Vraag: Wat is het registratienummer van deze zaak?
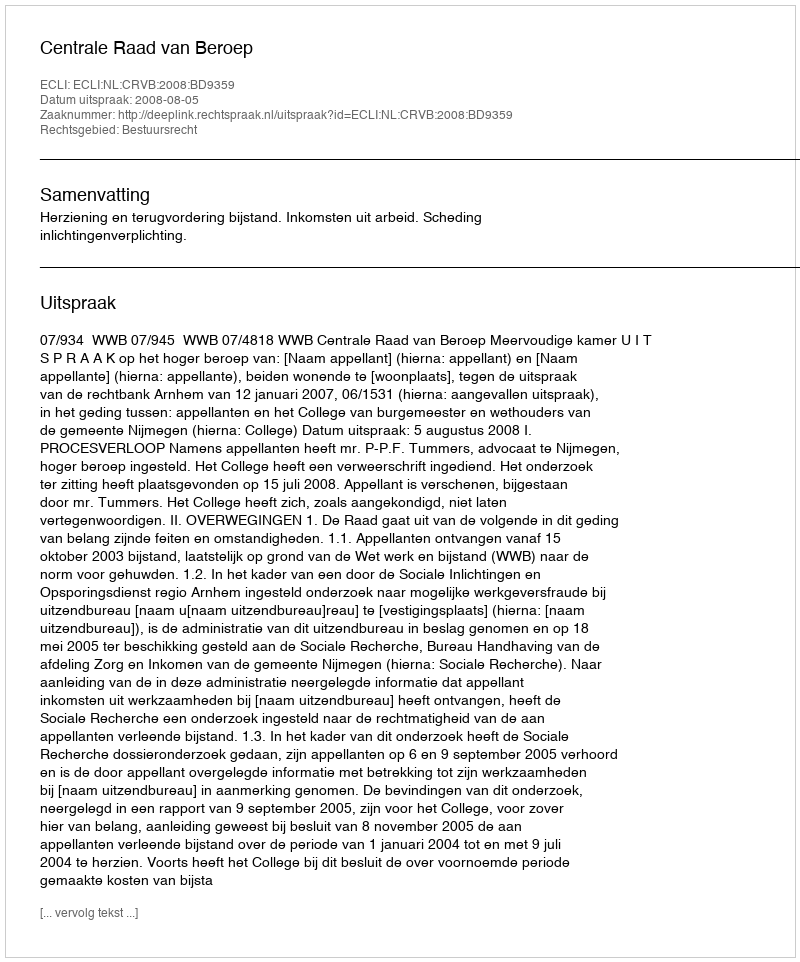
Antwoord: http://deeplink.rechtspraak.nl/uitspraak?id=ECLI:NL:CRVB:2008:BD9359